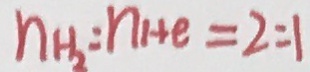
n _ { H _ { 2 } } = n _ { 1 + e } = 2 = 1